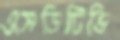
এসডিটিভি